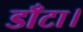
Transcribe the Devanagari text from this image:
डाँटा।